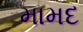
મામદ